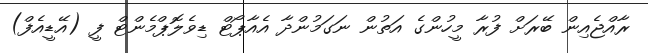
ރާއްޖެއިން ބޭރަށް ފުރާ މީހުންގެ އަތުން ނަގަމުންދާ އެއާޕޯޓް ޑިވެލޮޕްމެންޓް ފީ (އޭޑީއެފް)